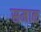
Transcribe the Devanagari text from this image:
समाक